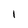
Character: 1